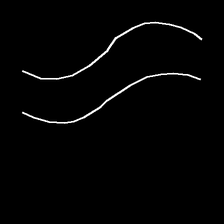
Glyph: float